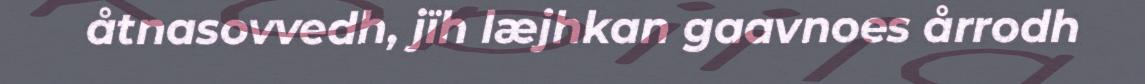
åtnasovvedh, jïh læjhkan gaavnoes årrodh